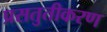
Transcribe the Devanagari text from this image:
प्रसतुतीकरण